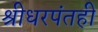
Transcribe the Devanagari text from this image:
श्रीधरपंतही